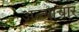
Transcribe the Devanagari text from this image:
अत्त्याचार